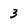
Character: 3